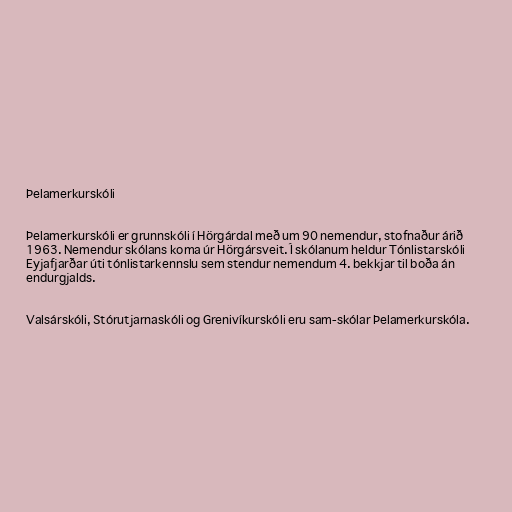
Þelamerkurskóli

Þelamerkurskóli er grunnskóli í Hörgárdal með um 90 nemendur, stofnaður árið
1963. Nemendur skólans koma úr Hörgársveit. Í skólanum heldur Tónlistarskóli
Eyjafjarðar úti tónlistarkennslu sem stendur nemendum 4. bekkjar til boða án
endurgjalds.

Valsárskóli, Stórutjarnaskóli og Grenivíkurskóli eru sam-skólar Þelamerkurskóla.